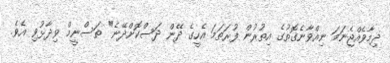
ދިމާވެއްޖެނަމަ ނިއްވާނެގޮތުގެ އިތުރުން ފުރަތަމަ އެހީގެ ދޭން ދަސްކޮށްދޭނެ" ތަސްނީމް ވިދާޅުވި އެވެ.